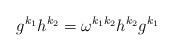
LaTeX: \begin{align*}g^{k_1}h^{k_2}=\omega^{k_1k_2}h^{k_2}g^{k_1}\end{align*}